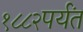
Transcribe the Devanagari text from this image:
१८८२पर्यंत